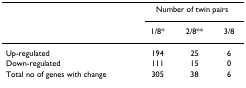
|  | <COLSPAN=3> Number of twin pairs |
 |  | 1/8* | 2/8** | 3/8 |
 | --- | --- | --- | --- |
 | Up-regulated | 194 | 25 | 6 |
 | Down-regulated | 111 | 15 | 0 |
 | Total no of genes with change | 305 | 38 | 6 |